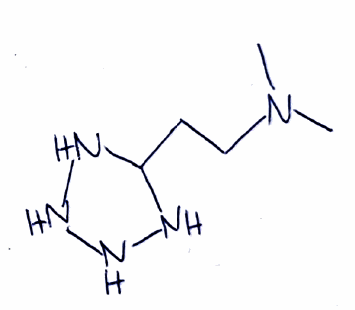
Simplified molecular-input line-entry system (SMILES) notation of the given molecule:
CN(C)CCC1NNNN1